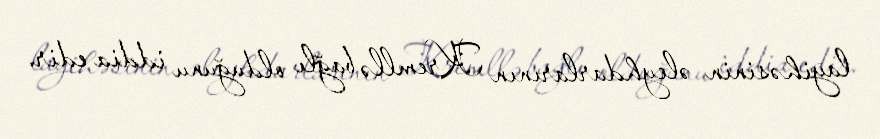
layihəsinin əleyhdarlarının Kremllə bağlı olduğunu iddia edir.